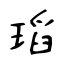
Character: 瑫